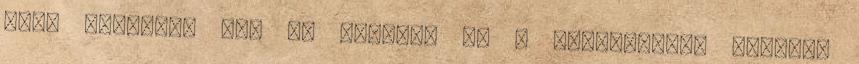
irtó helyesen néz ki Adrian, de a főnemeseket jobbnak